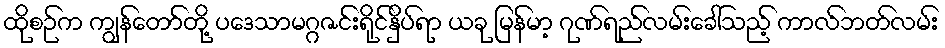
ထိုစဉ်က ကျွန်တော်တို့ ပဒေသာမဂ္ဂဇင်းရိုင်နှိပ်ရာ ယခု မြန်မာ့ ဂုဏ်ရည်လမ်းခေါ်သည့် ကာလ်ဘတ်လမ်း